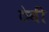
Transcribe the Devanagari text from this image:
ठेवीं